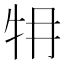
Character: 𤘟